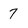
Character: 7